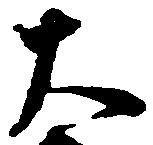
大